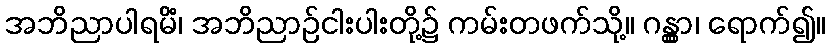
အဘိညာပါရမိံ၊ အဘိညာဉ်ငါးပါးတို့၌ ကမ်းတဖက်သို့။ ဂန္တွာ၊ ရောက်၍။